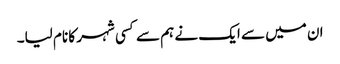
ان میں سے ایک نے ہم سے کسی شہر کا نام لیا۔